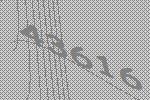
43616